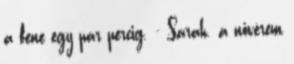
a fene egy pár percig. - Sarah. a nővérem